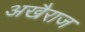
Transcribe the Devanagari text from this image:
अखैराज